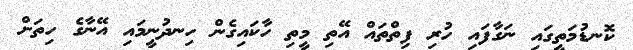
ކޮނޑުމަތީގައި ނަގާފައި ހުރި ފިތްތައް އޭތި މީތި ހާކައިގެން ހިނދުނީމައި އޭނާގެ ހިތަށް